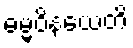
ဓမ္မဝိနယေတိ